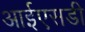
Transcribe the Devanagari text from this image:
आईएसडी